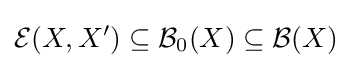
{\mathcal {E}}(X,X')\subseteq {\mathcal {B}}_{0}(X)\subseteq {\mathcal {B}}(X)